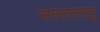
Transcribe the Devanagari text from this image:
सल्लल्लाहु